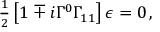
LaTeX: { \textstyle \frac { 1 } { 2 } } \left[ 1 \mp i \Gamma ^ { 0 } \Gamma _ { 1 1 } \right] \epsilon = 0 \, ,